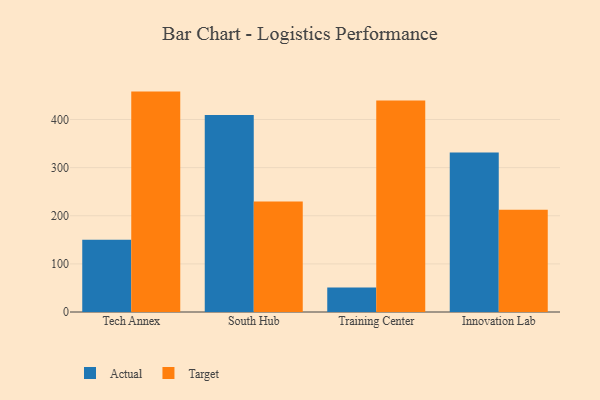
{"axis": {"x": "Campus", "y": "Budget (USD K)"}, "legend": ["Actual", "Target"], "data": [{"x": "Tech Annex", "y": 150.1, "type": "Actual"}, {"x": "Tech Annex", "y": 458.0, "type": "Target"}, {"x": "South Hub", "y": 409.5, "type": "Actual"}, {"x": "South Hub", "y": 229.7, "type": "Target"}, {"x": "Training Center", "y": 51.0, "type": "Actual"}, {"x": "Training Center", "y": 439.7, "type": "Target"}, {"x": "Innovation Lab", "y": 331.6, "type": "Actual"}, {"x": "Innovation Lab", "y": 212.3, "type": "Target"}]}